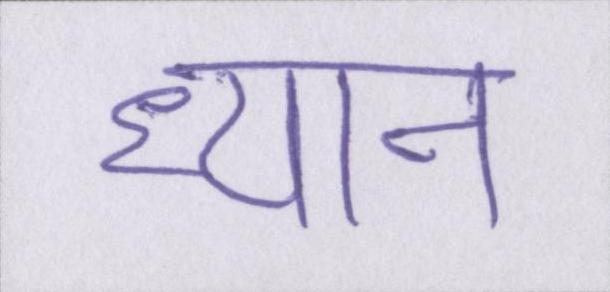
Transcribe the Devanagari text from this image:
ध्यान